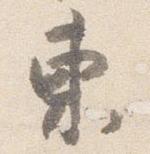
東